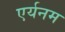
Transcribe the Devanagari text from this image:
एर्यनम